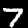
Digit: 7